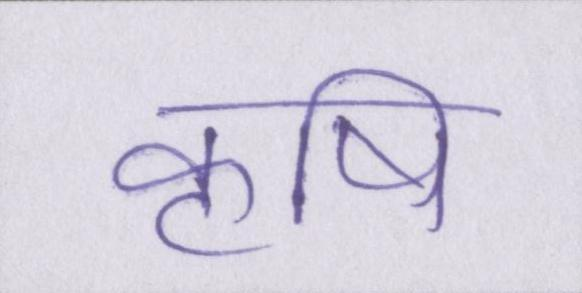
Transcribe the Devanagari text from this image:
कॄषि